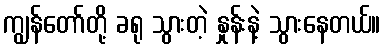
ကျွန်တော်တို့ ခရု သွားတဲ့ နှုန်းနဲ့ သွားနေတယ်။